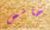
خامس